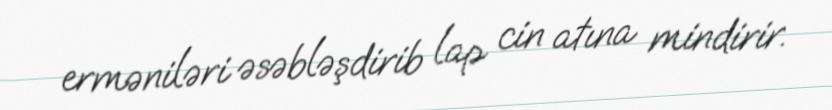
erməniləri əsəbləşdirib lap cin atına mindirir.